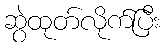
ဆွဲထုတ်လိုက်ပြီး